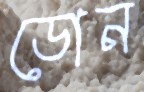
ডোন